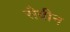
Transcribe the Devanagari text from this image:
सैबीन